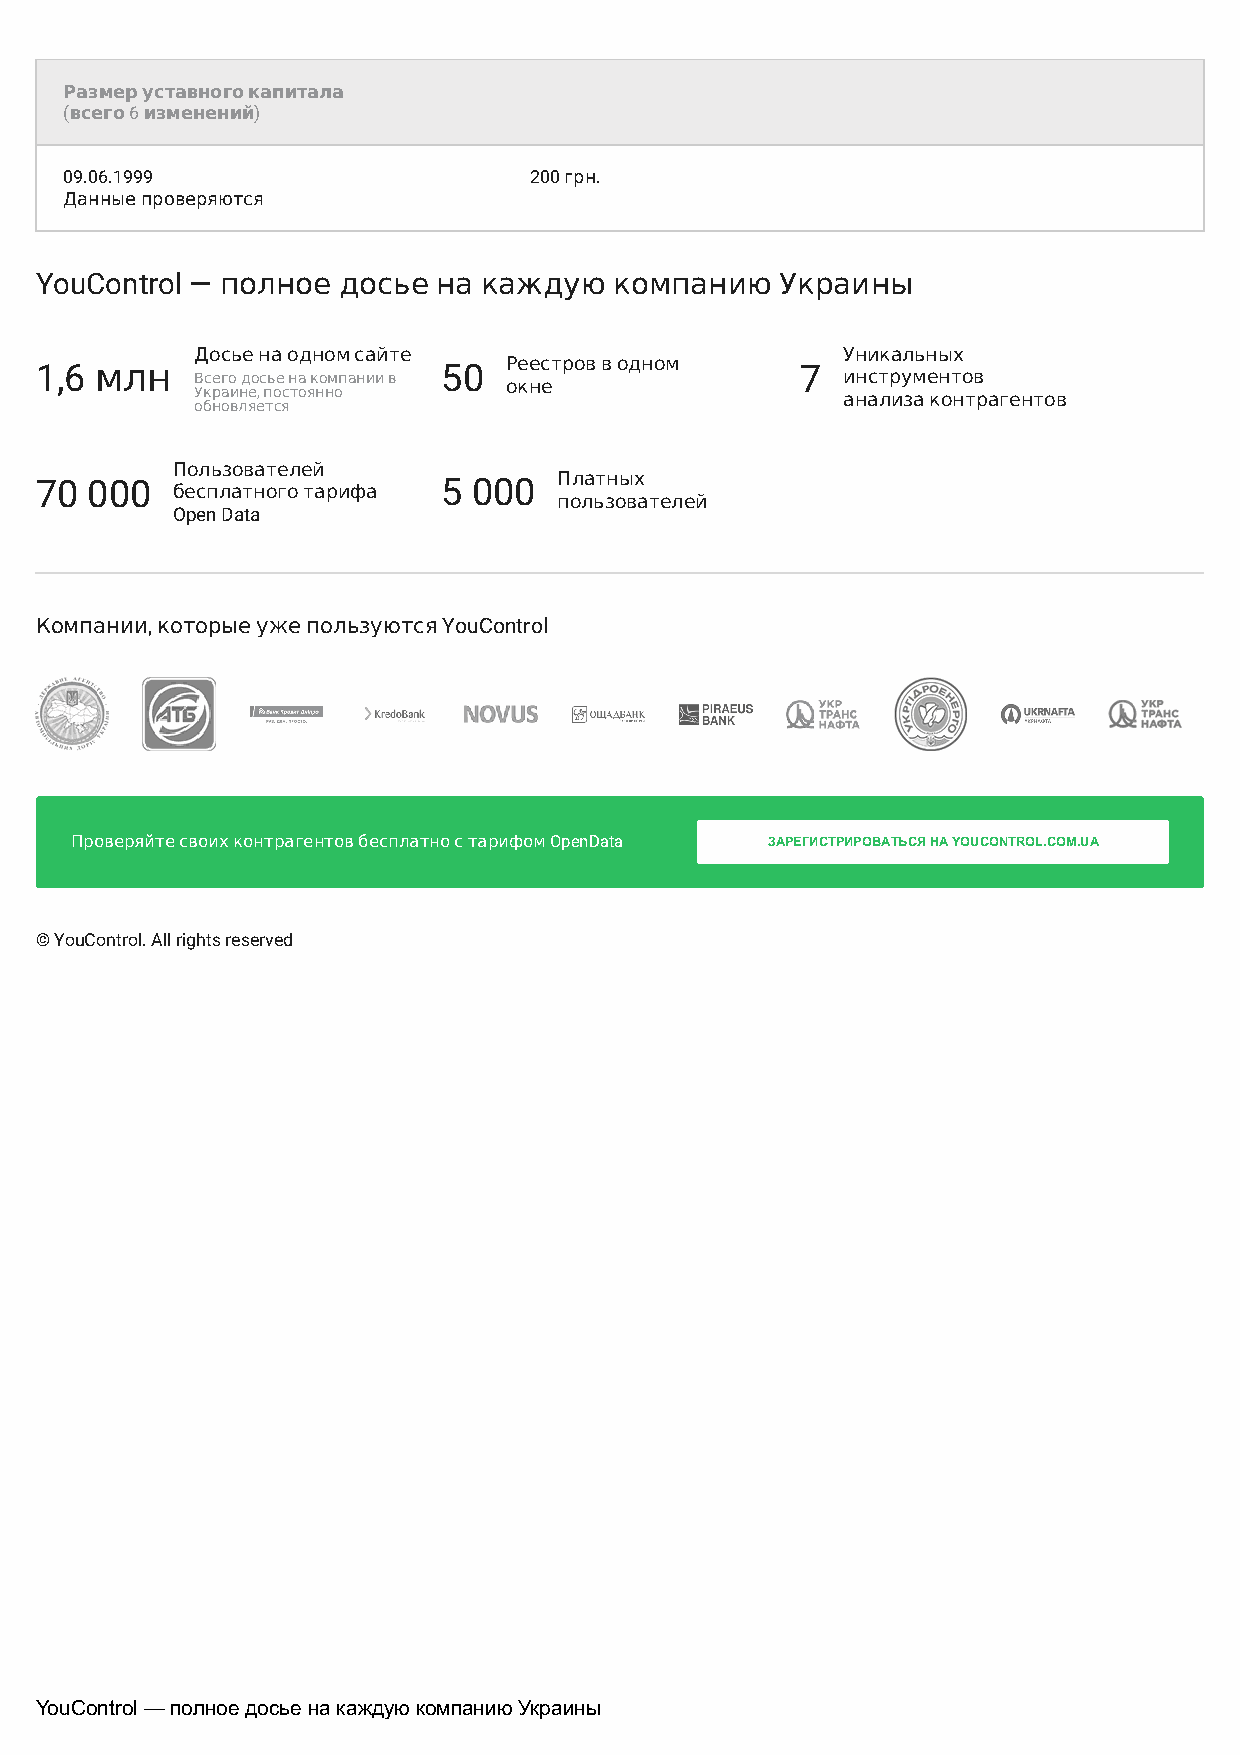
Размер уставного капитала
 ((всего 66 изменений))
 09.06.1999                     200 грн.
 Данные проверяются
 YouControl — полное досье  на каждую   компанию   Украины
 Досье на одном сайте                       Уникальных
 1,6 млн    Всего досье на компании в 50
 Р ое кнес етров в одном
 7  инструментов
 Украине, постоянно                         анализа контрагентов
 обновляется
 Пользователей
 Платных
 70  000  бесплатного тарифа 5 000
 пользователей
 Open Data
 Компании, которые уже пользуются YouControl
 Проверяйте своих контрагентов бесплатно с тарифом OpenData ЗАРЕГИСТРИРОВАТЬСЯ НА YOUCONTROL.COM.UA
 © YouControl. All rights reserved
 YouControl — полное досье на каждую компанию Украины